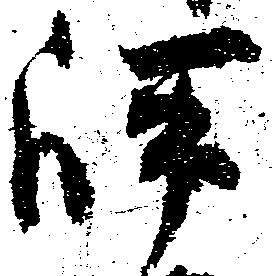
岼